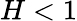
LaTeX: H<1